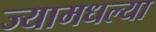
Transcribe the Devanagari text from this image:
ज्यामधल्या